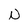
Character: n